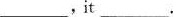
__，it___。